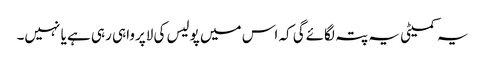
یہ کمیٹی یہ پتہ لگائےگی کہ اس میں پولیس کی لاپرواہی رہی ہے یا نہیں۔